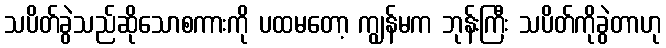
သပိတ်ခွဲသည်ဆိုသောစကားကို ပထမတော့ ကျွန်မက ဘုန်းကြီး သပိတ်ကိုခွဲတာဟု